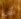
أؤمن